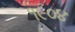
૧૯૦૪